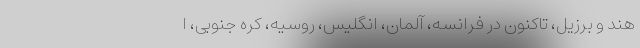
هند و برزیل، تاکنون در فرانسه، آلمان، انگلیس، روسیه، کره جنوبی، ا